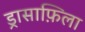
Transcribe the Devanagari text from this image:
ड्रासाफ़िला